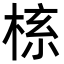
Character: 𬃎